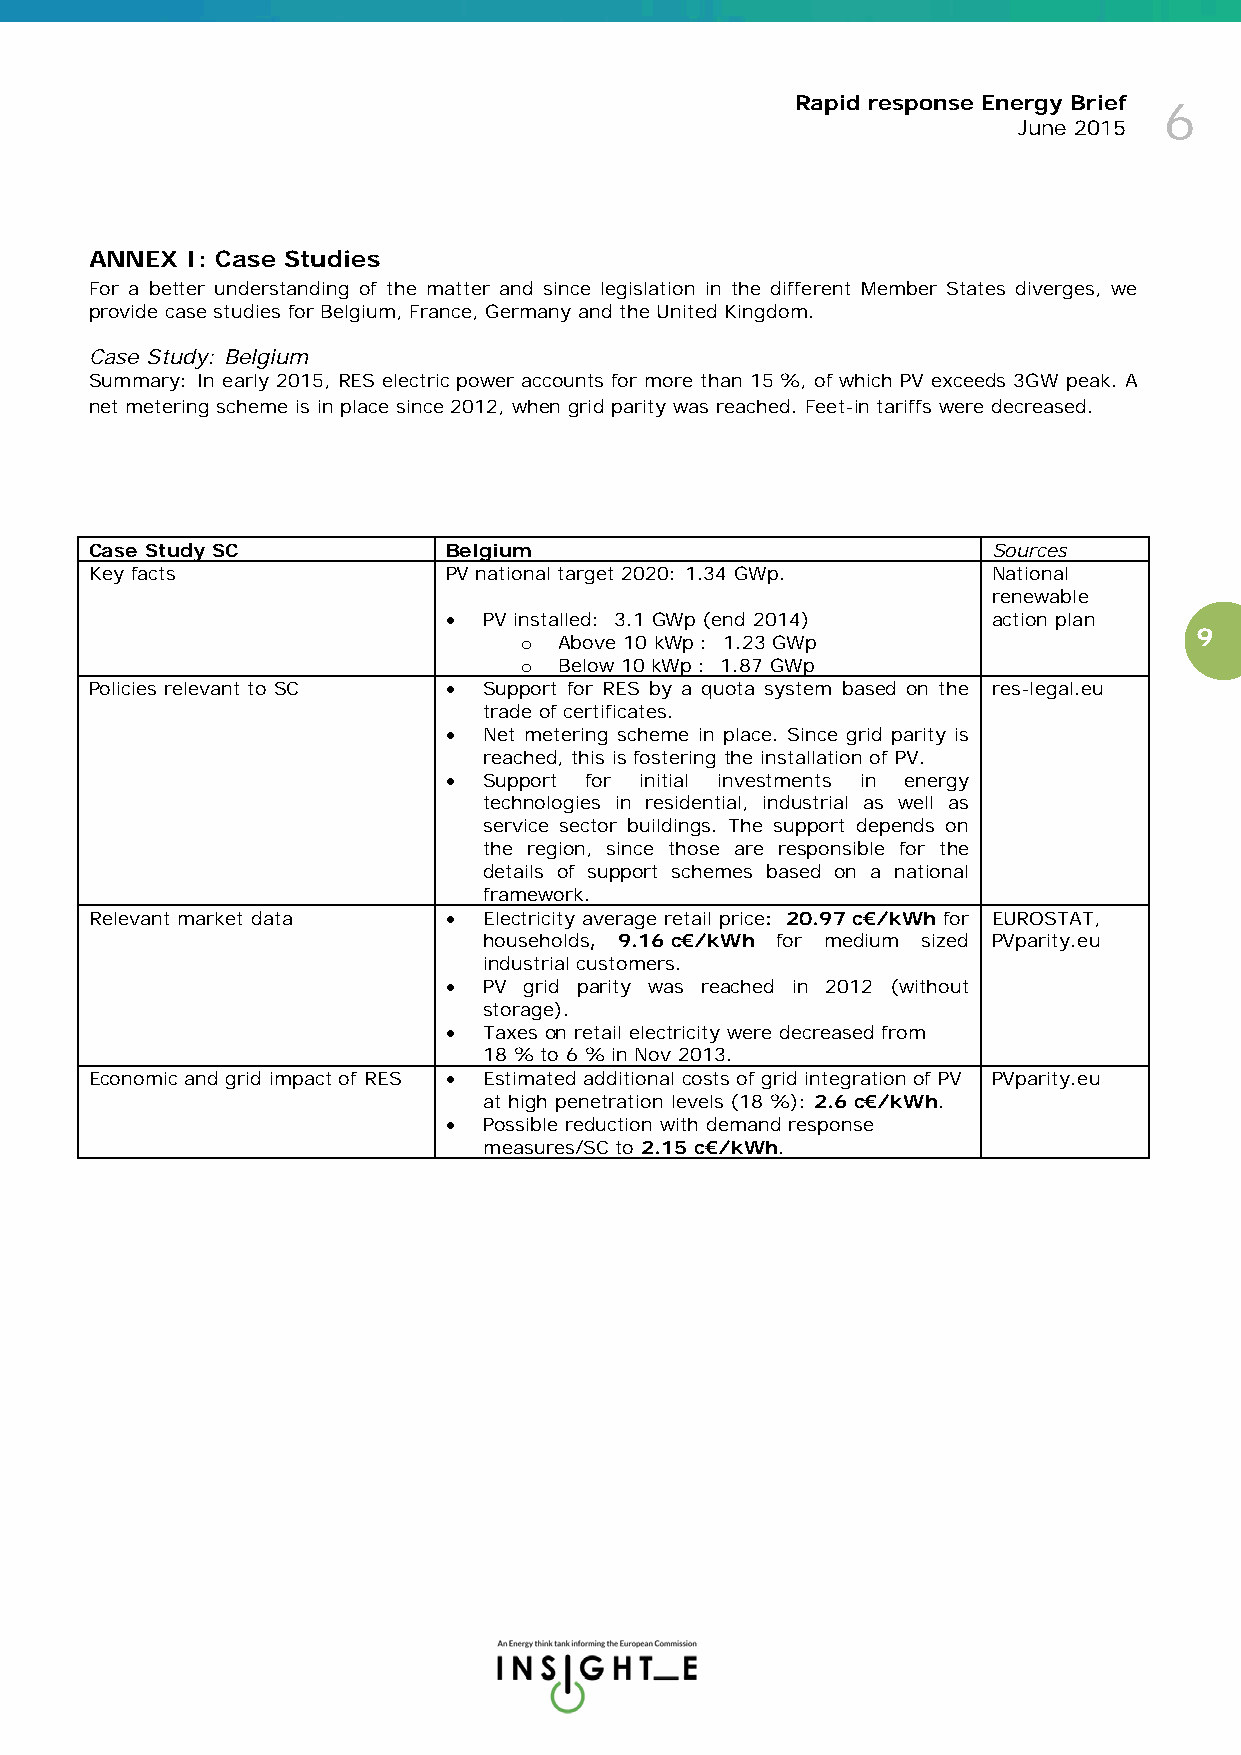
Rapid response Energy Brief
 6
 June 2015
 ANNEX I: Case Studies
 For a better understanding of the matter and since legislation in the different Member States diverges, we
 provide case studies for Belgium, France, Germany and the United Kingdom.
 Case Study: Belgium
 Summary: In early 2015, RES electric power accounts for more than 15 %, of which PV exceeds 3GW peak. A
 net metering scheme is in place since 2012, when grid parity was reached. Feet-in tariffs were decreased.
 Case Study SC          Belgium                              Sources
 Key facts              PV national target 2020: 1.34 GWp.   National
 renewable
 •  PV installed: 3.1 GWp (end 2014)  action plan
 Above 10 kWp : 1.23 GWp
 9
 o
 Below 10 kWp : 1.87 GWp
 o
 Policies relevant to SC • Support for RES by a quota system based on the res-legal.eu
 trade of certificates.
 •  Net metering scheme in place. Since grid parity is
 reached, this is fostering the installation of PV.
 •  Support for initial investments in energy
 technologies in residential, industrial as well as
 service sector buildings. The support depends on
 the region, since those are responsible for the
 details of support schemes based on a national
 framework.
 Relevant market data   •  Electricity average retail price: 20.97 c€/kWh for EUROSTAT,
 households, 9.16 c€/kWh for medium sized PVparity.eu
 industrial customers.
 •  PV grid parity was reached in 2012 (without
 storage).
 •  Taxes on retail electricity were decreased from
 18 % to 6 % in Nov 2013.
 Economic and grid impact of RES • Estimated additional costs of grid integration of PV PVparity.eu
 at high penetration levels (18 %): 2.6 c€/kWh.
 •  Possible reduction with demand response
 measures/SC to 2.15 c€/kWh.